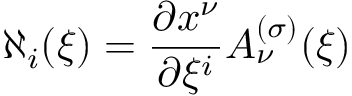
\aleph _ { i } ( \xi ) = { \frac { \partial x ^ { \nu } } { \partial \xi ^ { i } } } A _ { \nu } ^ { ( \sigma ) } ( \xi )